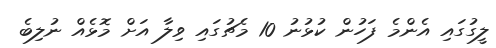
ލީގުގައި އެންމެ ފަހުން ކުޅުނު 10 މެޗުގައި ވިލާ އަށް މޮޅެއް ނުލިބެ